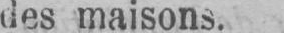
des maisons.